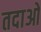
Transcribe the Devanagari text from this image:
तदाओ